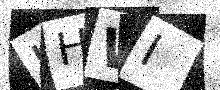
Text: HHWI